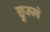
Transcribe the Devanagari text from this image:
छुम्मं